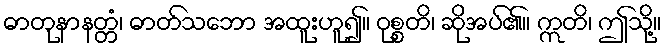
ဓာတုနာနတ္တံ၊ ဓာတ်သဘော အထူးဟူ၍။ ဝုစ္စတိ၊ ဆိုအပ်၏။ ဣတိ၊ ဤသို့။